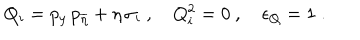
Q _ { i } = p _ { y } \, p _ { \overline { { { \eta } } } } + \eta \, \sigma _ { i } \ , Q _ { i } ^ { 2 } = 0 \ , \epsilon _ { Q } = 1 \; .